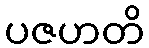
ပဇဟတိ